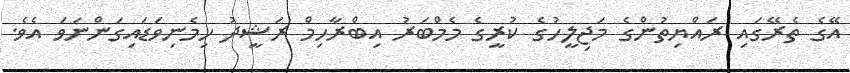
އޭގެ ތެރޭގައި ރައްޔިތުންގެ މަޖިލީހުގެ ކުރީގެ މެމްބަރު އިބްރާހިމް ރަޝީދު ހިމެނިވަޑައިގަންނަވަ އެވެ.